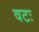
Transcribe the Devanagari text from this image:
वटः